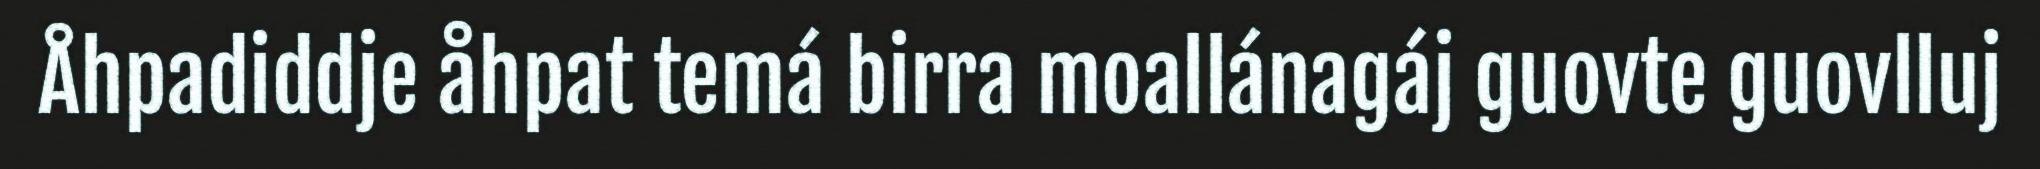
Åhpadiddje åhpat temá birra moallánagáj guovte guovlluj